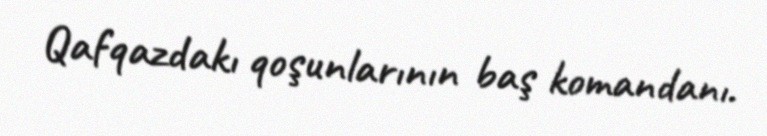
Qafqazdakı qoşunlarının baş komandanı.